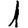
Digit: 1